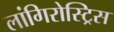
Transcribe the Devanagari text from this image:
लांगिरोस्ट्रिस